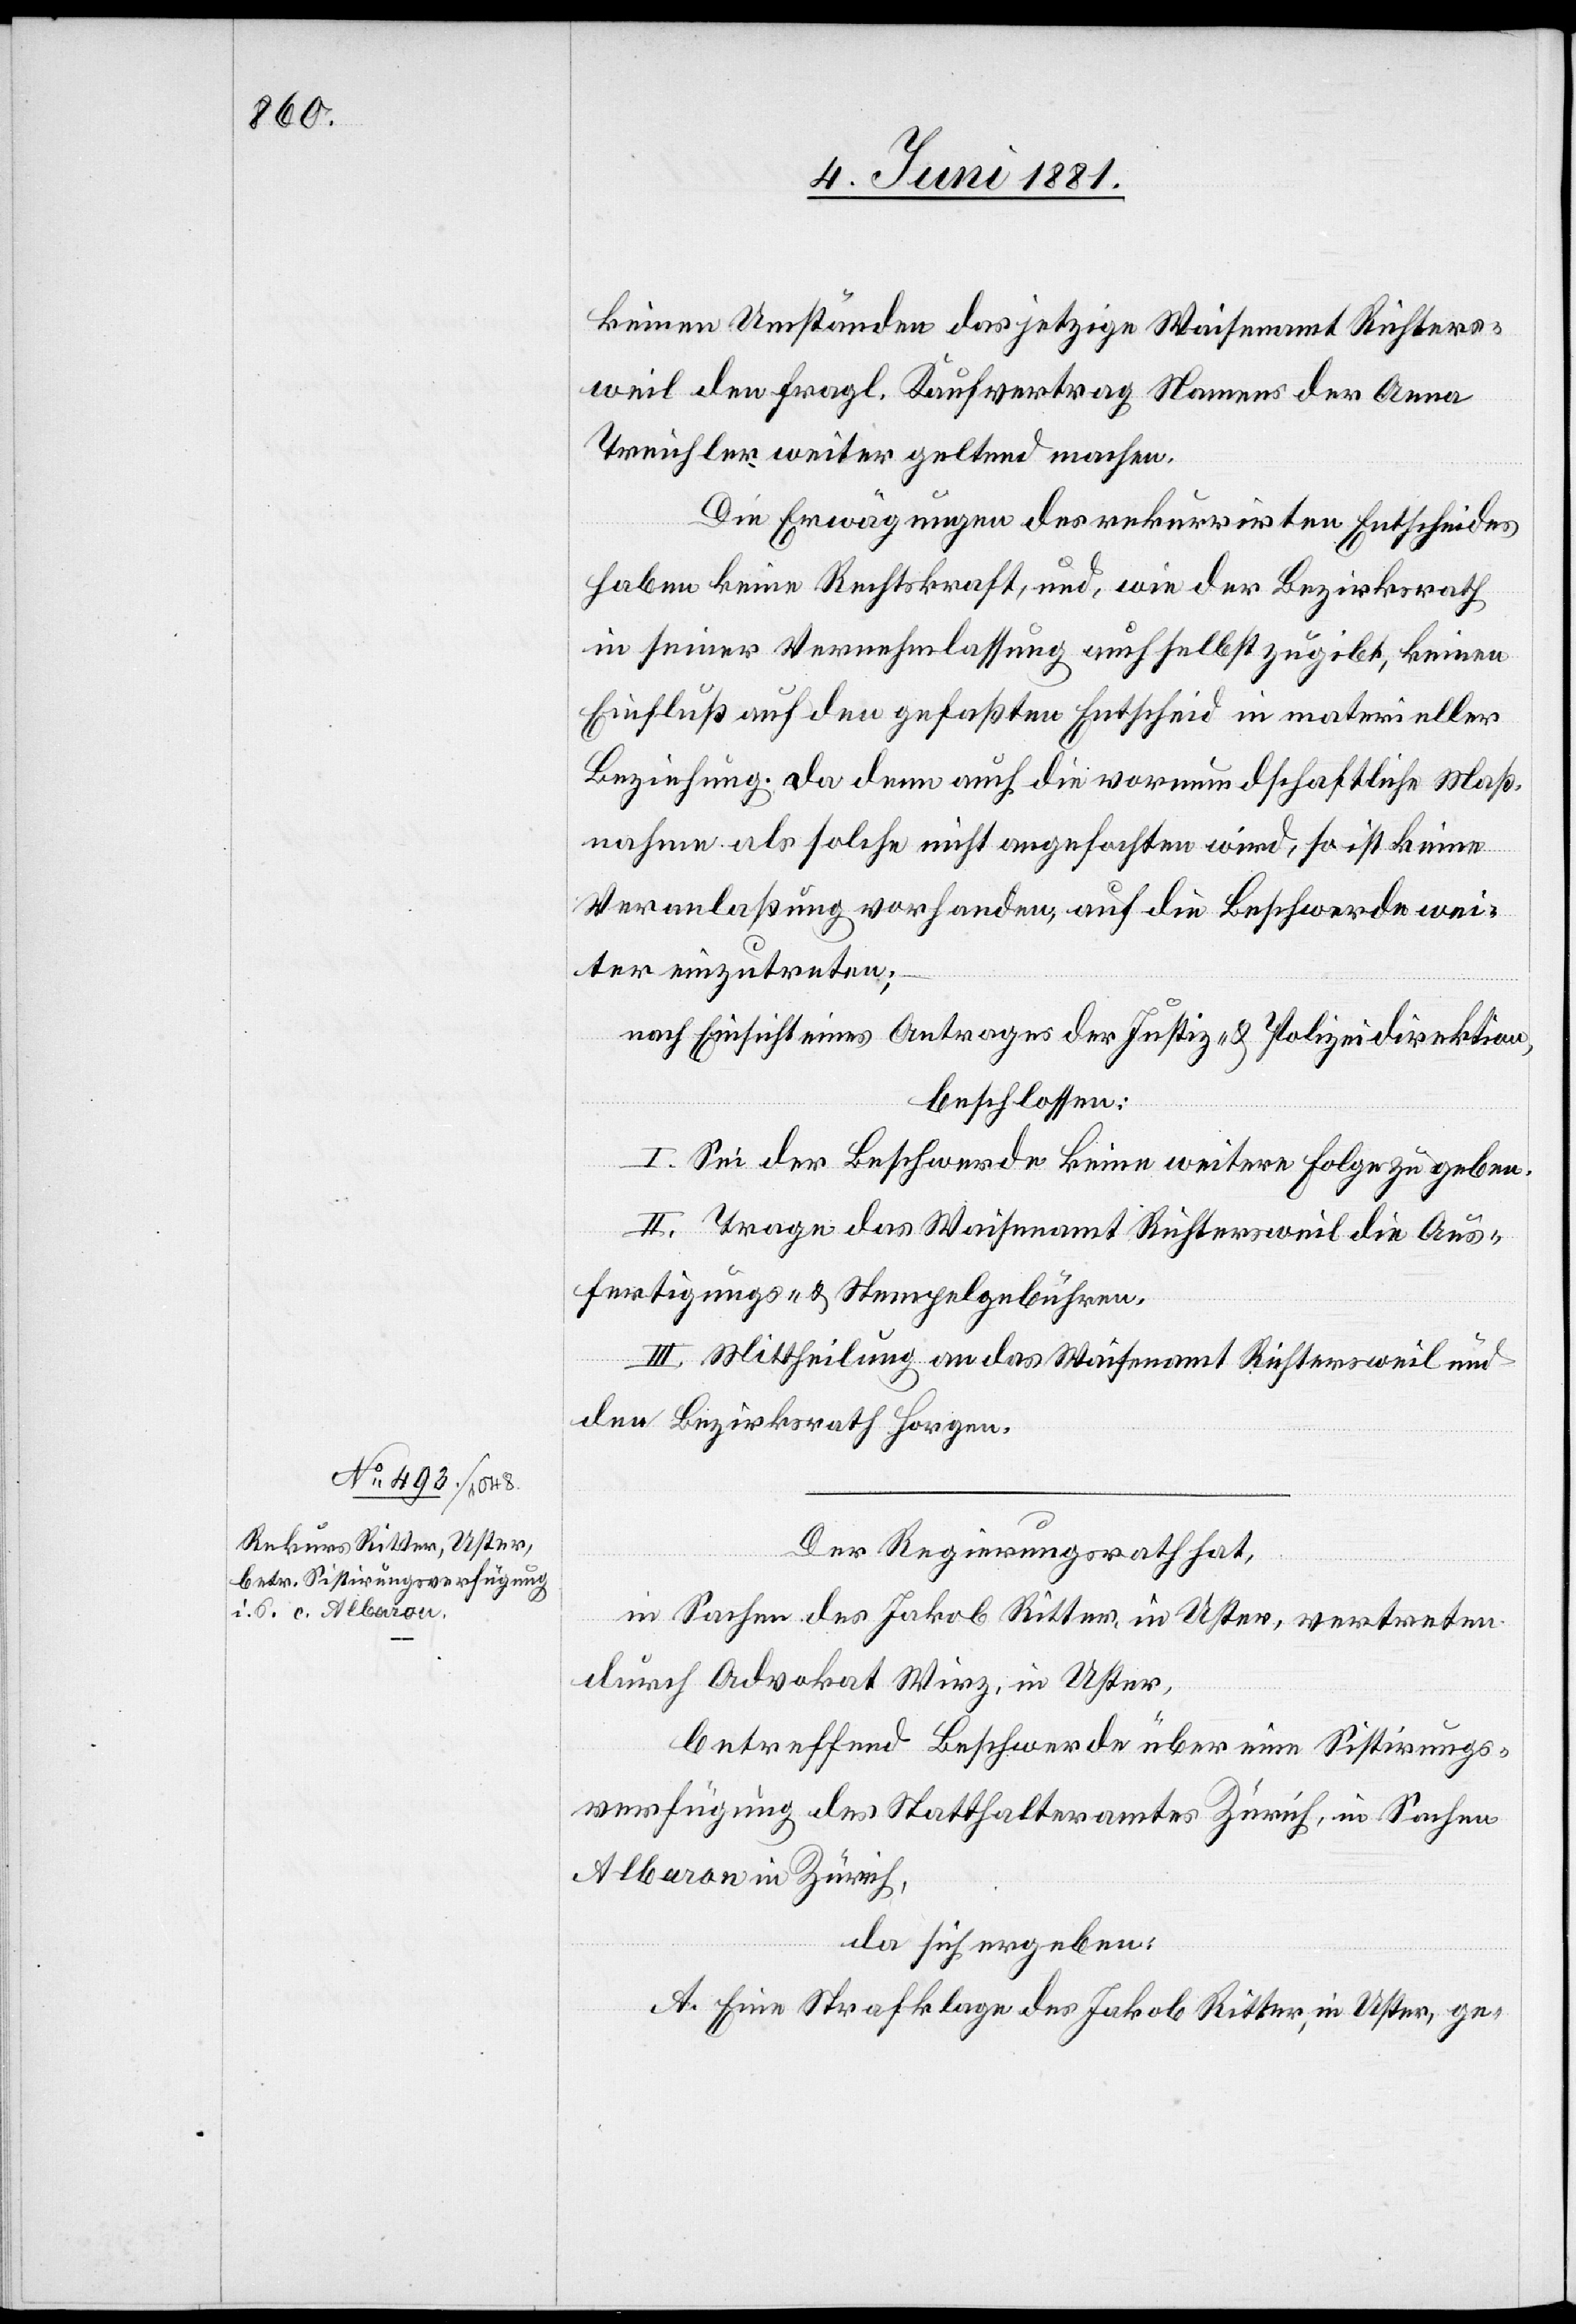
Der Regierungsrath hat,
in Sachen des Jakob Ritter, in Uster, vertreten
durch Advokat Wirz, in Uster,
betreffend Beschwerde über eine Sistirungs¬
verfügung des Statthalteramtes Zürich, in Sachen
Albaron in Zürich,
da sich ergeben:
A. Eine Strafklage des Jakob Ritter, in Uster, ge-